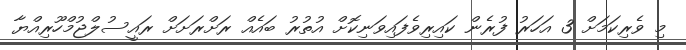
މި ވެރިކަމަށް 3 އަހަރު ފުރެން ކައިރިވެފައިވަނިކޮށް އުތުރު ބައެއް ރަށްރަށަށް ރައީސުލްޖުމްހޫރިއްޔާ